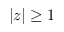
| z | \geq 1